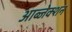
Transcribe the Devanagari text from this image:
आब्जेक्शन